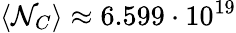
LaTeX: \langle\mathcal{N}_{C}\rangle\approx6.599\cdot10^{19}